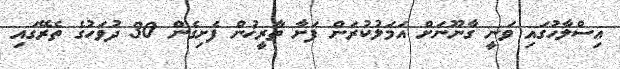
އިސްލާހުގައި ވަނީ ގާނޫނަށް އަމަލުކުރަން ފަށާ ތާރީޚުން ފެށިގެން 30 ދުވަހުގެ ތެރޭގައި